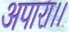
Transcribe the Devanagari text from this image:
अपारा।।